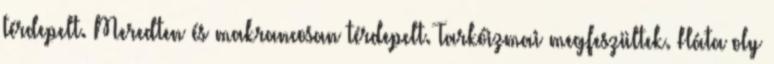
térdepelt. Meredten és makrancosan térdepelt. Tarkóizmai megfeszültek. Háta oly